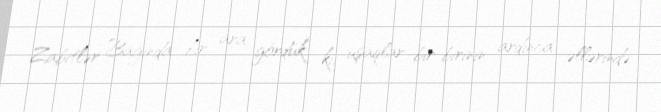
Zabitlər Bağında bir ara gördük ki, uşaqlar bir-birinin ardınca əllərində